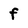
Character: f